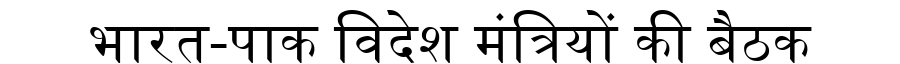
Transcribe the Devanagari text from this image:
भारत-पाक विदेश मंत्रियों की बैठक